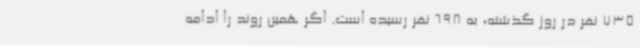
735 نفر در روز گذشته، به 698 نفر رسیده است. اگر همین روند را ادامه